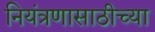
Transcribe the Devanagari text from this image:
नियंत्रणासाठीच्या